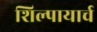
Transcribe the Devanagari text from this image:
शिल्पायार्च